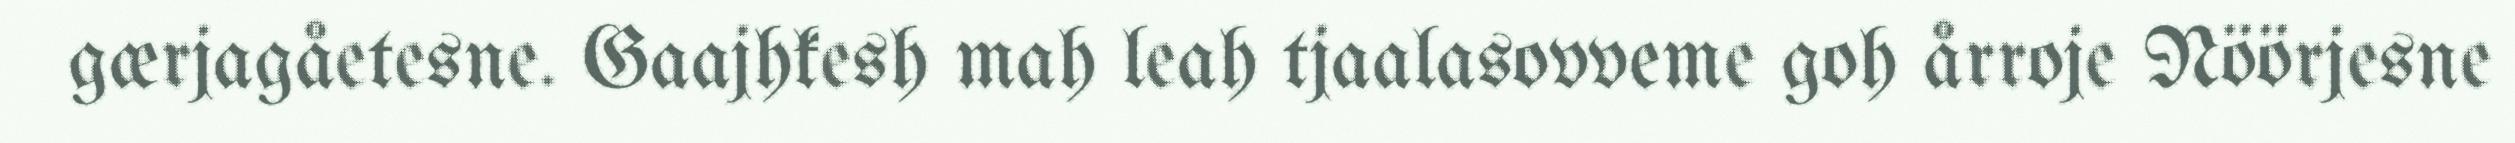
gærjagåetesne. Gaajhkesh mah leah tjaalasovveme goh årroje Nöörjesne